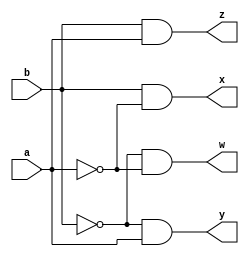
module dec2to1(a,b,w,x,y,z);
input a,b;
output w,x,y,z;
assign w= ~b & ~a;
assign x= b & ~a;
assign y= ~b & a;
assign z=  b & a;
endmodule